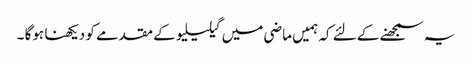
یہ سمجھنے کے لئے کہ ہمیں ماضی میں گیلیلیو کے مقدمے کو دیکھنا ہوگا ۔